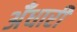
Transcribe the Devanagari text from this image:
अँधारी